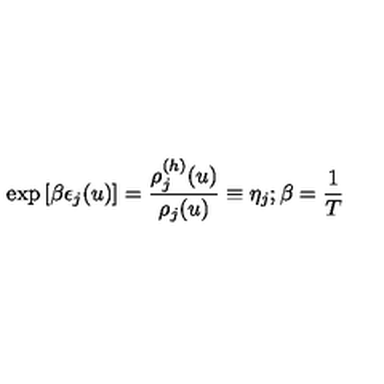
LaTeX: \exp \left[ \beta \epsilon _ { j } ( u ) \right] = \frac { \rho _ { j } ^ { ( h ) } ( u ) } { \rho _ { j } ( u ) } \equiv \eta _ { j } ; \beta = \frac { 1 } { T }